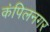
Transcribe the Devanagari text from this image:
कंपिलनगर